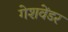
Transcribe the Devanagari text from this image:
गेशवेंडर